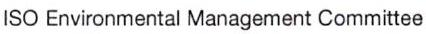
ISO Environmental Management Committee